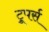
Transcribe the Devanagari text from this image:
ट्रूपर्स